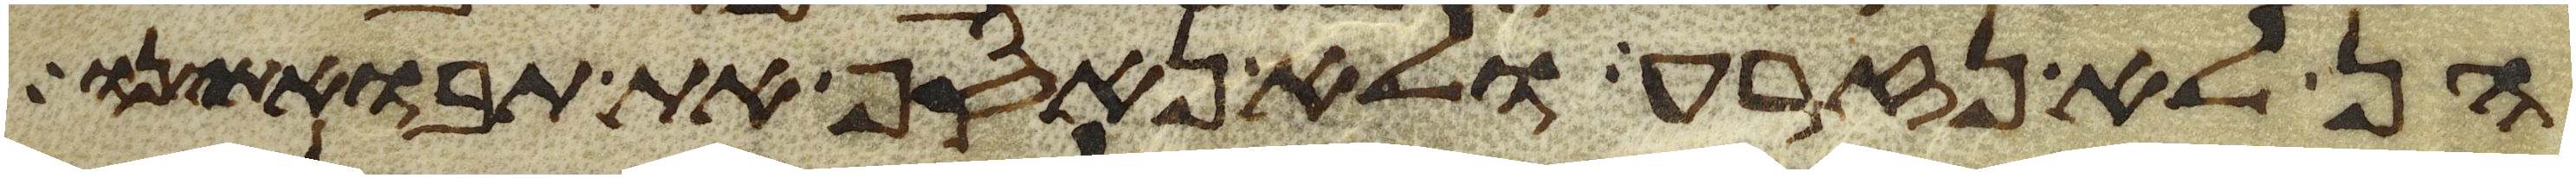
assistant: הן לא נזרע ולא נאסף את תבואתינו